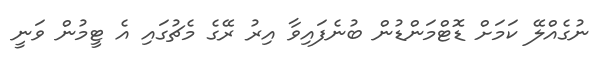
ނުގެއްލޭ ކަމަށް ޑޮޓްމަންޑުން ބުނެފައިވާ އިރު ރޭގެ މެޗުގައި އެ ޓީމުން ވަނީ